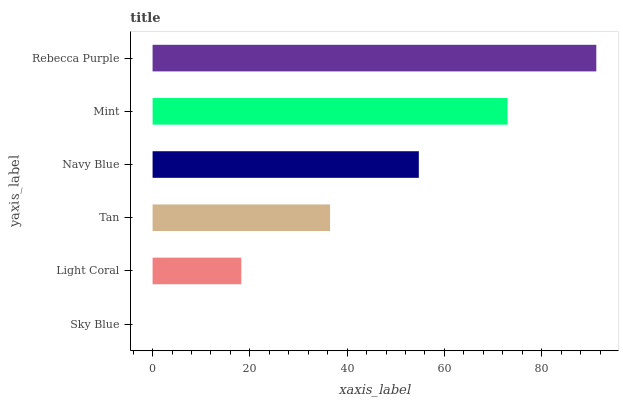
| yaxis_label | bars |
 | --- | --- |
 | Sky Blue | 0 |
 | Light Coral | 18.2 |
 | Tan | 36.5 |
 | Navy Blue | 54.7 |
 | Mint | 73 |
 | Rebecca Purple | 91.2 |